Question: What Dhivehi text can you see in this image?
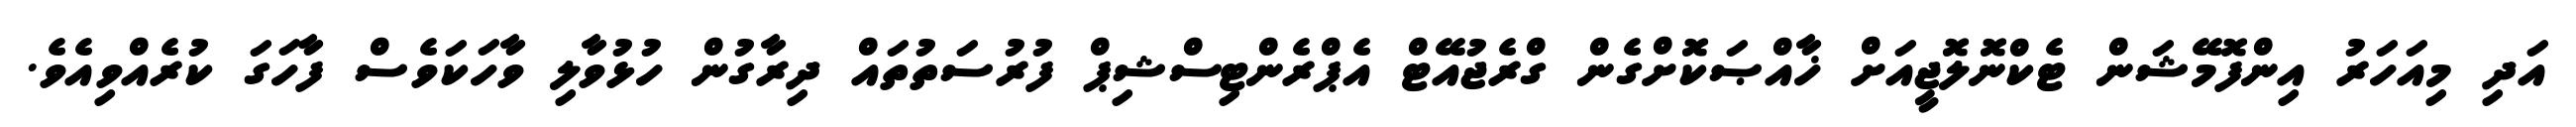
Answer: އަދި މިއަހަރު އިންފޮމޭޝަން ޓެކްނޮލޮޖީއަށް ޚާއްޞަކޮށްގެން ގްރެޖުއޭޓް އެޕްރެންޓިސްޝިޕް ފުރުސަތުތައް ދިރާގުން ހުޅުވާލި ވާހަކަވެސް ފާހަގަ ކުރެއްވިއެވެ.